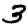
Digit: 3